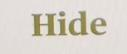
Hide